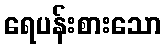
ရေပန်းစားသော